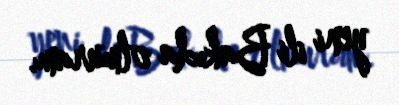
yeni ili Bakıda olmuram.